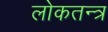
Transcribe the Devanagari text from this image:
लोकतन्‍त्र